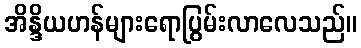
အိန္ဒိယဟန်များရောပြွမ်းလာလေသည်။